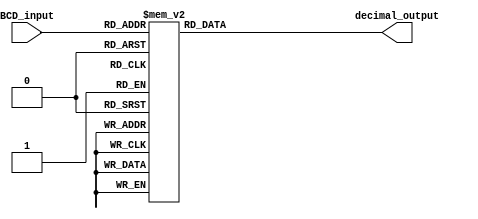
module BCD_decoder (
    input [3:0] BCD_input,
    output reg [6:0] decimal_output
);

always @(*) begin
    case(BCD_input)
        4'b0000: decimal_output = 7'b0000001; //output for decimal 0
        4'b0001: decimal_output = 7'b1001111; //output for decimal 1
        4'b0010: decimal_output = 7'b0010010; //output for decimal 2
        4'b0011: decimal_output = 7'b0000110; //output for decimal 3
        4'b0100: decimal_output = 7'b1001100; //output for decimal 4
        4'b0101: decimal_output = 7'b0100100; //output for decimal 5
        4'b0110: decimal_output = 7'b0100000; //output for decimal 6
        4'b0111: decimal_output = 7'b0001111; //output for decimal 7
        4'b1000: decimal_output = 7'b0000000; //output for decimal 8
        4'b1001: decimal_output = 7'b0000100; //output for decimal 9
        default: decimal_output = 7'b1111111; //output for invalid input
    endcase
end

endmodule